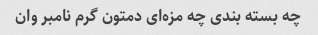
چه بسته بندی چه مزه‌ای دمتون گرم نامبر وان